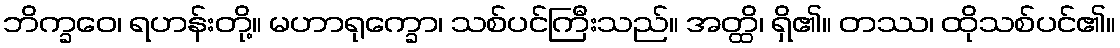
ဘိက္ခဝေ၊ ရဟန်းတို့။ မဟာရုက္ခော၊ သစ်ပင်ကြီးသည်။ အတ္ထိ၊ ရှိ၏။ တဿ၊ ထိုသစ်ပင်၏။